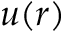
u ( r )